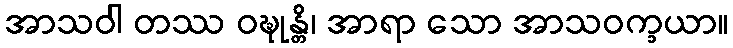
အာသဝါ တဿ ဝဍ္ဎုန္တိ၊ အာရာ သော အာသဝက္ခယာ။